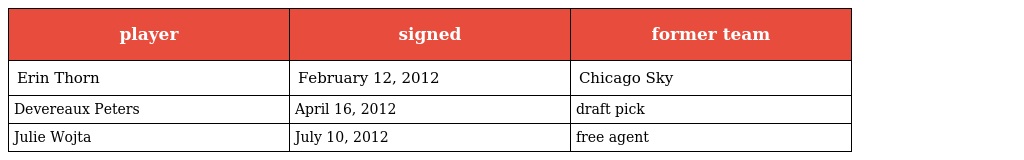
| player | signed | former team |
 | --- | --- | --- |
 | Erin Thorn | February 12, 2012 | Chicago Sky |
 | Devereaux Peters | April 16, 2012 | draft pick |
 | Julie Wojta | July 10, 2012 | free agent |